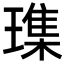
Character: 𪼛